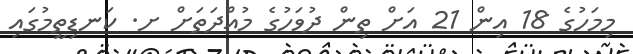
މިމަހުގެ 18 އިން 21 އަށް ތިން ދުވަހުގެ މުއްދަތަށް ށ. ކަނޑިތީމުގައި